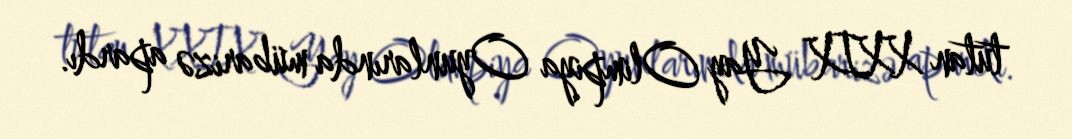
tutan XXIX Yay Olimpiya Oyunlarında mübarizə apardı.